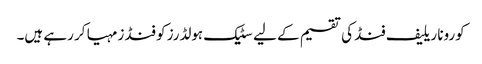
کورونا ریلیف فنڈ کی تقسیم کے لیے سٹیک ہولڈرز کو فنڈز مہیا کر رہے ہیں۔